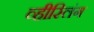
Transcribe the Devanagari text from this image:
व्हीस्लिंग